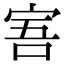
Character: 𡨂